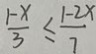
\frac { 1 - x } { 3 } \leq \frac { 1 - 2 x } { 7 }